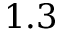
1 . 3